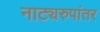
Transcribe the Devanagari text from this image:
नाट्यरुपांतर